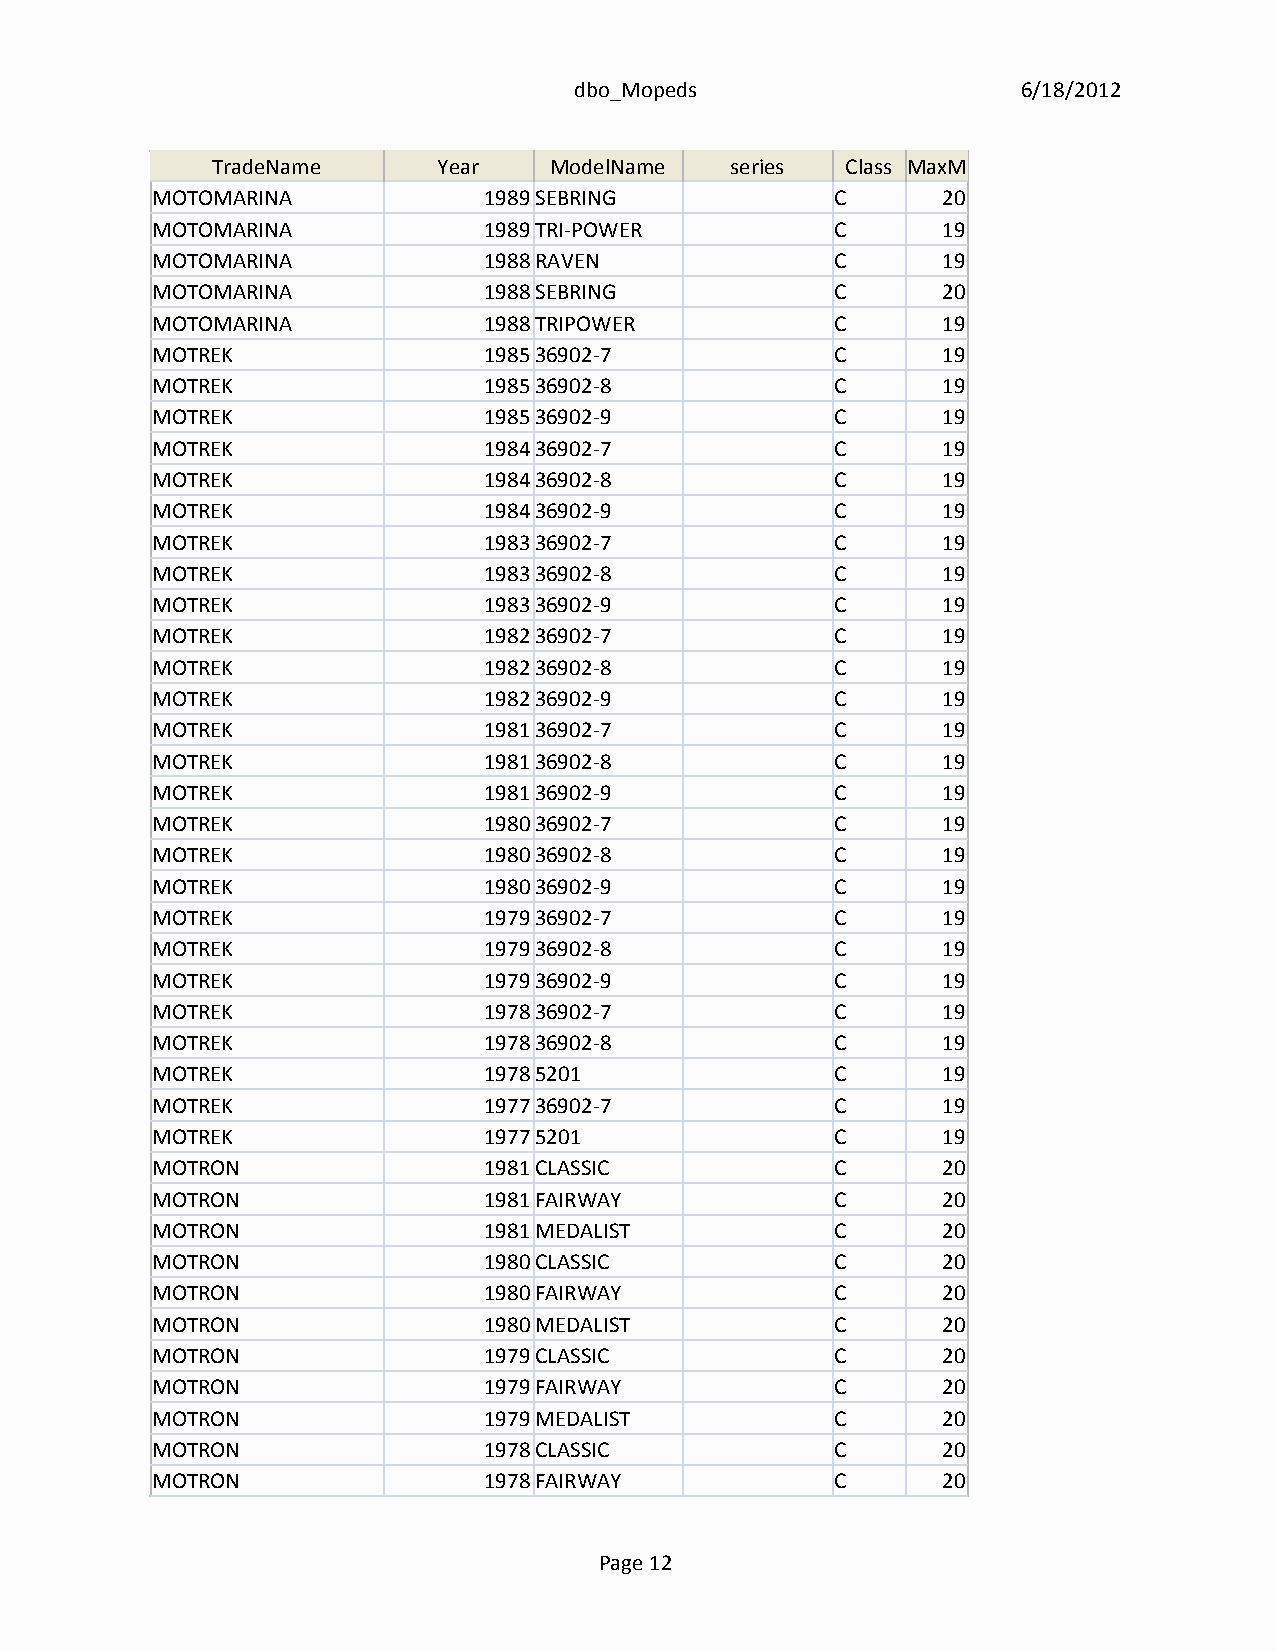
dbo_Mopeds                    6/18/2012
 TradeName      Year   ModelName   series  Class MaxMPH
 MOTOMARINA            1989SEBRING            C      20
 MOTOMARINA            1989TRI-POWER          C      19
 MOTOMARINA            1988RAVEN              C      19
 MOTOMARINA            1988SEBRING            C      20
 MOTOMARINA            1988TRIPOWER           C      19
 MOTREK                198536902-7            C      19
 MOTREK                198536902-8            C      19
 MOTREK                198536902-9            C      19
 MOTREK                198436902-7            C      19
 MOTREK                198436902-8            C      19
 MOTREK                198436902-9            C      19
 MOTREK                198336902-7            C      19
 MOTREK                198336902-8            C      19
 MOTREK                198336902-9            C      19
 MOTREK                198236902-7            C      19
 MOTREK                198236902-8            C      19
 MOTREK                198236902-9            C      19
 MOTREK                198136902-7            C      19
 MOTREK                198136902-8            C      19
 MOTREK                198136902-9            C      19
 MOTREK                198036902-7            C      19
 MOTREK                198036902-8            C      19
 MOTREK                198036902-9            C      19
 MOTREK                197936902-7            C      19
 MOTREK                197936902-8            C      19
 MOTREK                197936902-9            C      19
 MOTREK                197836902-7            C      19
 MOTREK                197836902-8            C      19
 MOTREK                19785201               C      19
 MOTREK                197736902-7            C      19
 MOTREK                19775201               C      19
 MOTRON                1981CLASSIC            C      20
 MOTRON                1981FAIRWAY            C      20
 MOTRON                1981MEDALIST           C      20
 MOTRON                1980CLASSIC            C      20
 MOTRON                1980FAIRWAY            C      20
 MOTRON                1980MEDALIST           C      20
 MOTRON                1979CLASSIC            C      20
 MOTRON                1979FAIRWAY            C      20
 MOTRON                1979MEDALIST           C      20
 MOTRON                1978CLASSIC            C      20
 MOTRON                1978FAIRWAY            C      20
 Page 12